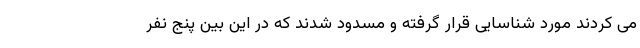
می کردند مورد شناسایی قرار گرفته و مسدود شدند که در این بین پنج نفر